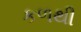
કળથી